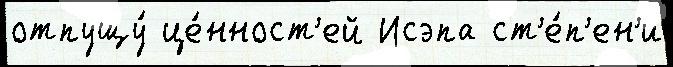
отпущу́ це́нност'ей Исэпа ст'е́п'ен'и